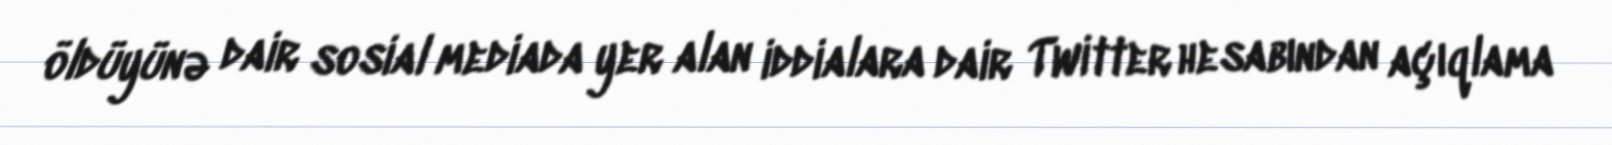
öldüyünə dair sosial mediada yer alan iddialara dair Twitter hesabından açıqlama